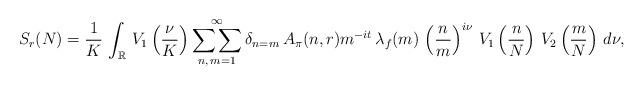
LaTeX: \begin{align*}S_r(N)&=\frac{1}{K}\,\int_{\mathbb{R}}\,V_1\left(\frac{\nu}{K}\right) \mathop{\mathop{\sum\sum}_{\substack{n, \,m =1 }}^{\infty}}\delta_{n=m}\, A_{\pi}(n,r)m^{-it}\,\lambda_f(m)\,\left(\frac{n}{m}\right)^{i\nu}\,V_1\left(\frac{n}{N}\right)\,V_2\left(\frac{m}{N}\right)\,d\nu,\end{align*}